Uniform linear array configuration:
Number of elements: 12
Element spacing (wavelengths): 0.5
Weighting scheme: hamming
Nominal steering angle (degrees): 15
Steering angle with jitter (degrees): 13.89
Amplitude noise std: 0.05
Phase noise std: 0.05

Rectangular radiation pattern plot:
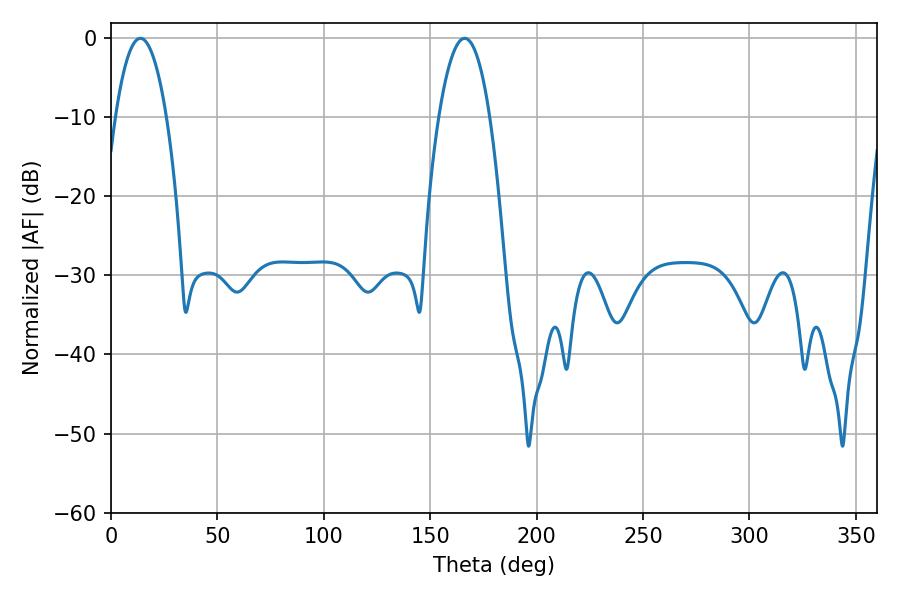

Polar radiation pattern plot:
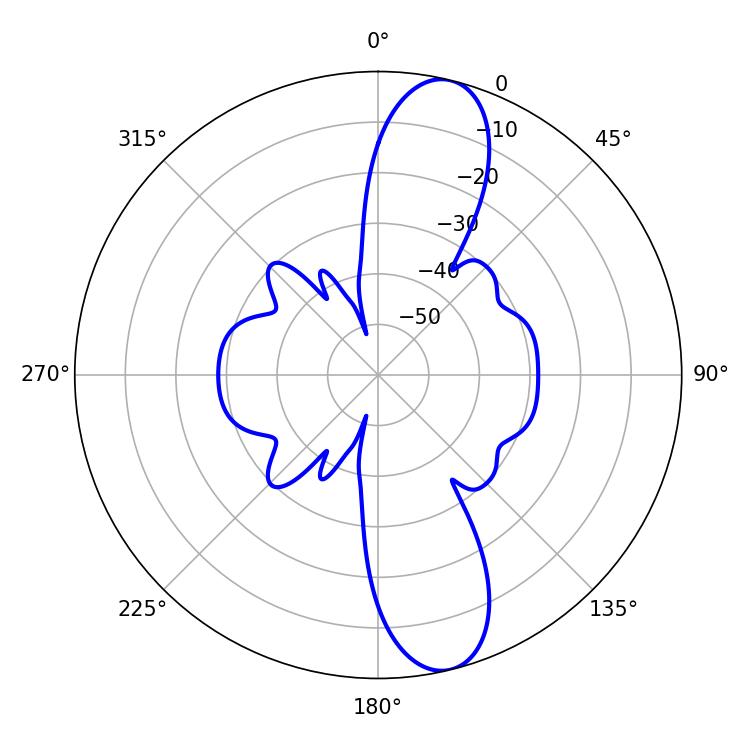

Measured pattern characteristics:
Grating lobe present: FALSE
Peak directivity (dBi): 12.255
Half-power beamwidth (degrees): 13.32
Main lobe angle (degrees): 13.86